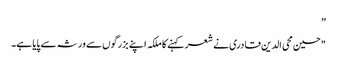
”
"حسین محی الدین قادری نے شعر کہنے کا ملکہ اپنے بزرگوں سے ورثہ سے پایا ہے۔